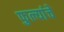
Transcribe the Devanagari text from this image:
फुल्यांचे